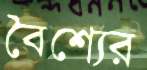
বৈশ্যের